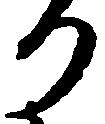
り